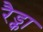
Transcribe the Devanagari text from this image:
रैड्का